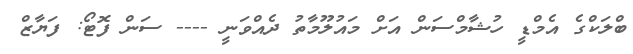
ބްލަކްގެ އެމްޑީ ހުޝާމްސަން އަށް މައުލޫމާތު ދެއްވަނީ ---- ސަން ފޮޓޯ: ފަޔާޒް